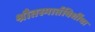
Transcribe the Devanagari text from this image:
श्रौतस्मार्तविधींचा